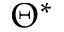
\Theta ^ { * }